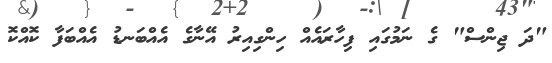
"ދަ ޖިންސް" ގެ ނަމުގައި ފިހާރައެއް ހިންގިއިރު އޭނާގެ އެއްބަނޑު އެއްބަފާ ކޮއްކޮ